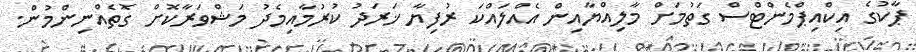
ޕާކުގެ އިކްއިޕްމެންޓްސް ގަތުމަށް މާލިއްޔާއިން އެއްލައްކަ ރުފިޔާ ޚަރަދު ކުރުމާއިމެދު މަޝްވަރާކޮށް ގޮތެއްނިންމުން.